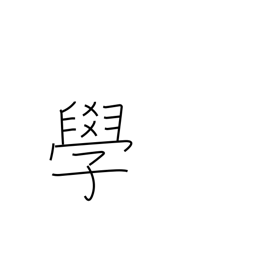
Meaning: knowledge